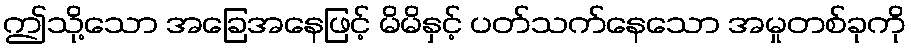
ဤသို့သော အခြေအနေဖြင့် မိမိနှင့် ပတ်သက်နေသော အမှုတစ်ခုကို